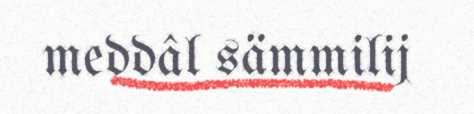
meddâl sämmilij